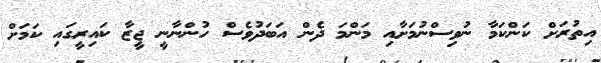
އިތުރަށް ކަންކަމާ ނުވިސްނުމަށާއި މަންމަ ދެން އަބަދުވެސް ހުންނާނީ ޖީޒާ ކައިރީގައި ކަމަށް